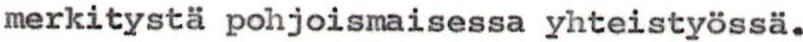
merkitystä pohjoismaisessa yhteistyössä.